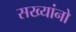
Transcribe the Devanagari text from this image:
सख्यांनो